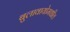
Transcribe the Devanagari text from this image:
बुलावायोमधील